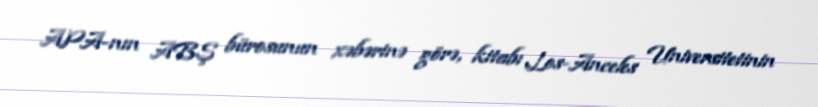
APA-nın ABŞ bürosunun xəbərinə görə, kitabı Los-Anceles Universitetinin